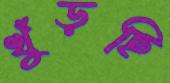
খুঁড়ছি